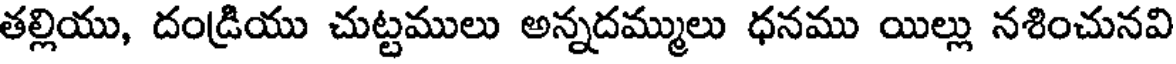
తల్లియు, దండ్రియు చుట్టములు అన్నదమ్ములు ధనము యిల్లు నశించునవి